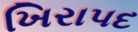
ખિરાપદ